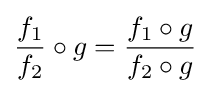
{\frac {f_{1}}{f_{2}}}\circ g={\frac {f_{1}\circ g}{f_{2}\circ g}}